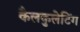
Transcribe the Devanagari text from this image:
कैलकुलेटिंग